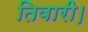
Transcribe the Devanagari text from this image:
तिवारी।